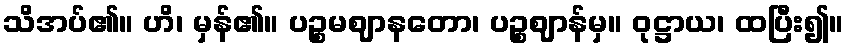
သိအပ်၏။ ဟိ၊ မှန်၏။ ပဉ္စမဈာနတော၊ ပဉ္စဈာန်မှ။ ဝုဋ္ဌာယ၊ ထပြီး၍။